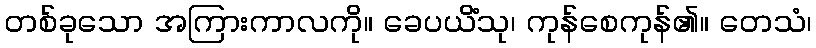
တစ်ခုသော အကြားကာလကို။ ခေပယိံသု၊ ကုန်စေကုန်၏။ တေသံ၊